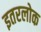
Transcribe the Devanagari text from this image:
इतरलोक